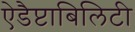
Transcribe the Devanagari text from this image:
ऐडैप्टाबिलिटी